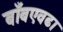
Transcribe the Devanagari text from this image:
बाँबएवढा